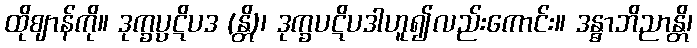
ထိုဈာန်ကို။ ဒုက္ခပ္ပဋိပဒ (န္တိ)၊ ဒုက္ခပဋိပဒါဟူ၍လည်းကောင်း။ ဒန္ဓာဘိညာန္တိ၊